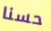
حسنا